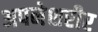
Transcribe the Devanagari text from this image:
अपनेशरीर